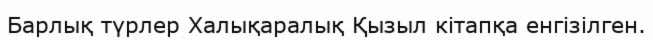
Барлық түрлер Халықаралық Қызыл кітапқа енгізілген.